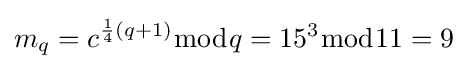
m_{q}=c^{{\frac {1}{4}}(q+1)}{\bmod {q}}=15^{3}{\bmod {11}}=9